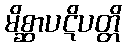
မိစ္ဆာပဋိပတ္တိ